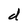
Character: d